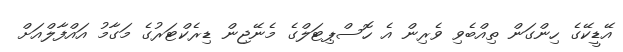
އޭޑީކޭގެ ހިންގަން ތިއްބެވި ވެރިން އެ ހޮސްޕިޓަލްގެ މެނޭޖިން ޑިރެކްޓަރުގެ މަގާމު އައްފާލްއަށް